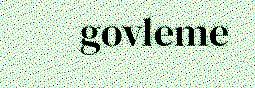
govleme